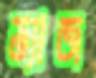
ত্যাজ